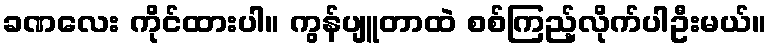
ခဏလေး ကိုင်ထားပါ။ ကွန်ပျူတာထဲ စစ်ကြည့်လိုက်ပါဦးမယ်။